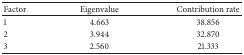
<table><thead><tr><td><b> Factor </b></td><td><b> Eigenvalue </b></td><td><b> Contribution rate </b></td></tr></thead><tbody><tr><td> 1 </td><td> 4.663 </td><td> 38.856 </td></tr><tr><td> 2 </td><td> 3.944 </td><td> 32.870 </td></tr><tr><td> 3 </td><td> 2.560 </td><td> 21.333 </td></tr></tbody></table>